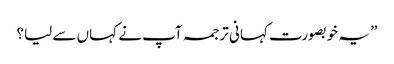
” یہ خوبصورت کہانی ترجمہ آپ نے کہاں سے لیا؟